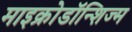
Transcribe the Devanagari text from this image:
माइक्रोडॉन्शिज्म